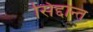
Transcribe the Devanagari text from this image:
सिद्दान्त